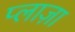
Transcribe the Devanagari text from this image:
प्‍लाज़ा